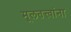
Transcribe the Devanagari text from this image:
मूलतत्त्वांना